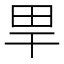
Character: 𤰠